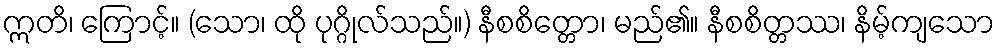
ဣတိ၊ ကြောင့်။ (သော၊ ထို ပုဂ္ဂိုလ်သည်။) နီစစိတ္တော၊ မည်၏။ နီစစိတ္တဿ၊ နိမ့်ကျသော